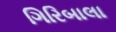
ગિરિબાલા